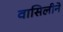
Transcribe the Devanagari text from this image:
वासिलीने